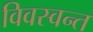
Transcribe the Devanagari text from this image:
विवस्वन्त